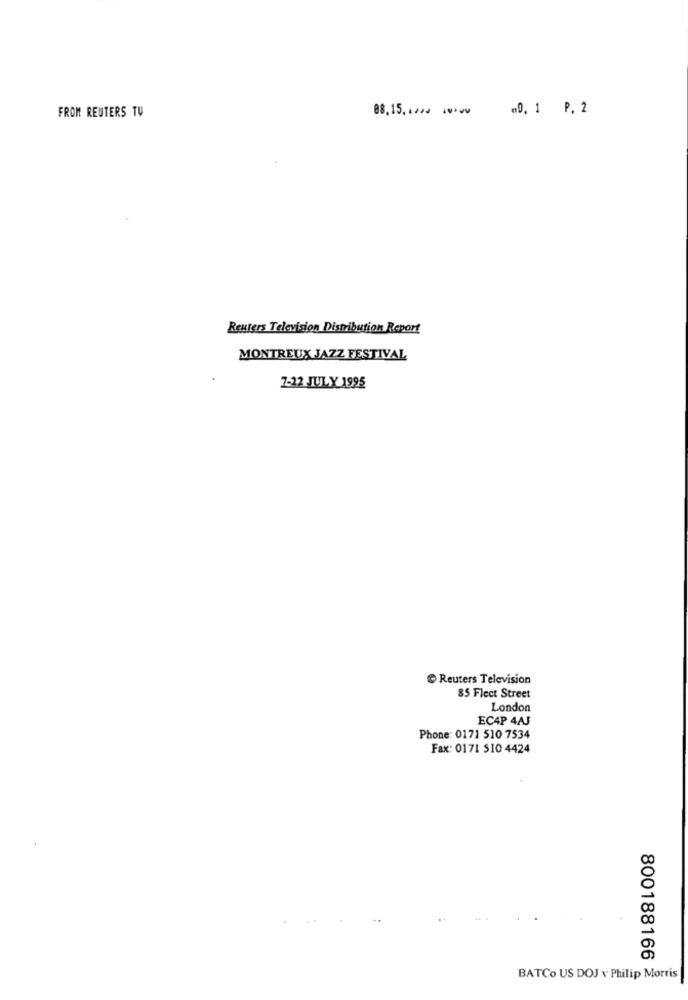
FROM REUTERS TU
88,15 ,.,. 000
40. 1 P. 2
Reuters Television Distribution Report
MONTREUX JAZZ FESTIVAL
7-22 JULY 1995
Reuters Television
85 Fleet Street
London
EC4P 4AJ
Phone: 0171 510 7534
Fax: 0171 510 4424
800188166
BATCo US DOJ v Philip Morris